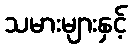
သမားများနှင့်